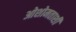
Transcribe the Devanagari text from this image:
ओशोमताशी